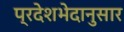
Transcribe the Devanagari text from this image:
प्रदेशभेदानुसार